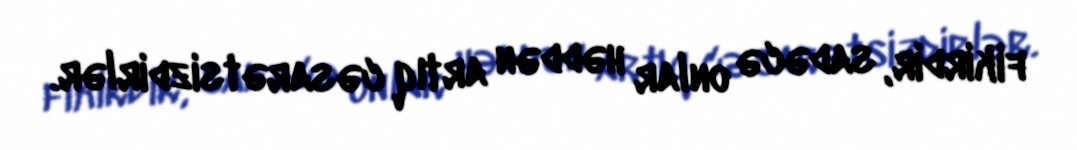
fikirdir, sadəcə onlar həddən artıq cəsarətsizdirlər.